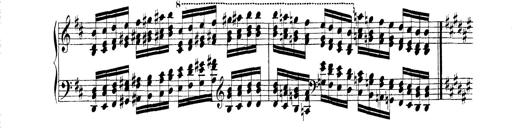
Title: Technische Studien
Composer: Franz Liszt